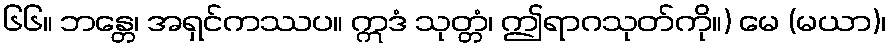
၆၆။ ဘန္တေ၊ အရှင်ကဿပ။ ဣဒံ သုတ္တံ၊ ဤရာဂသုတ်ကို။) မေ (မယာ)၊